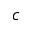
c